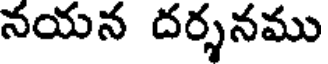
నయన దర్శనము